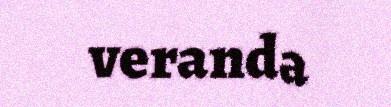
veranda